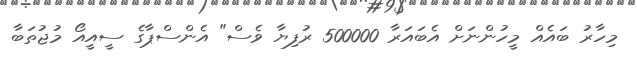
މިހާރު ބައެއް މީހުންނަށް އެބައަރާ 500000 ރުފިޔާ ވެސް" އެންސްޕާގެ ސީއީއޯ މުޖުތަބާ